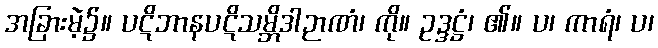
အခြားမဲ့၌။ ပဋိဘာနပဋိသမ္ဘိဒါဉာဏံ၊ ကို။ ဥဒ္ဒဋ္ဌံ၊ ၏။ ပ၊ ကာရံ၊ ပ၊